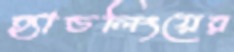
হ্যান্ডলিংয়ের